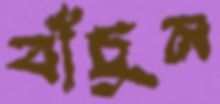
বাঁচুন